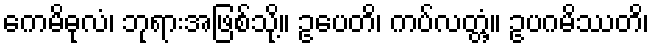
ကေမိဓုလံ၊ ဘုရားအဖြစ်သို့။ ဥပေတိ၊ ကပ်လတ္တံ့။ ဥပဂမိဿတိ၊